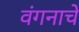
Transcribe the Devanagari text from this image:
वंगनाचे